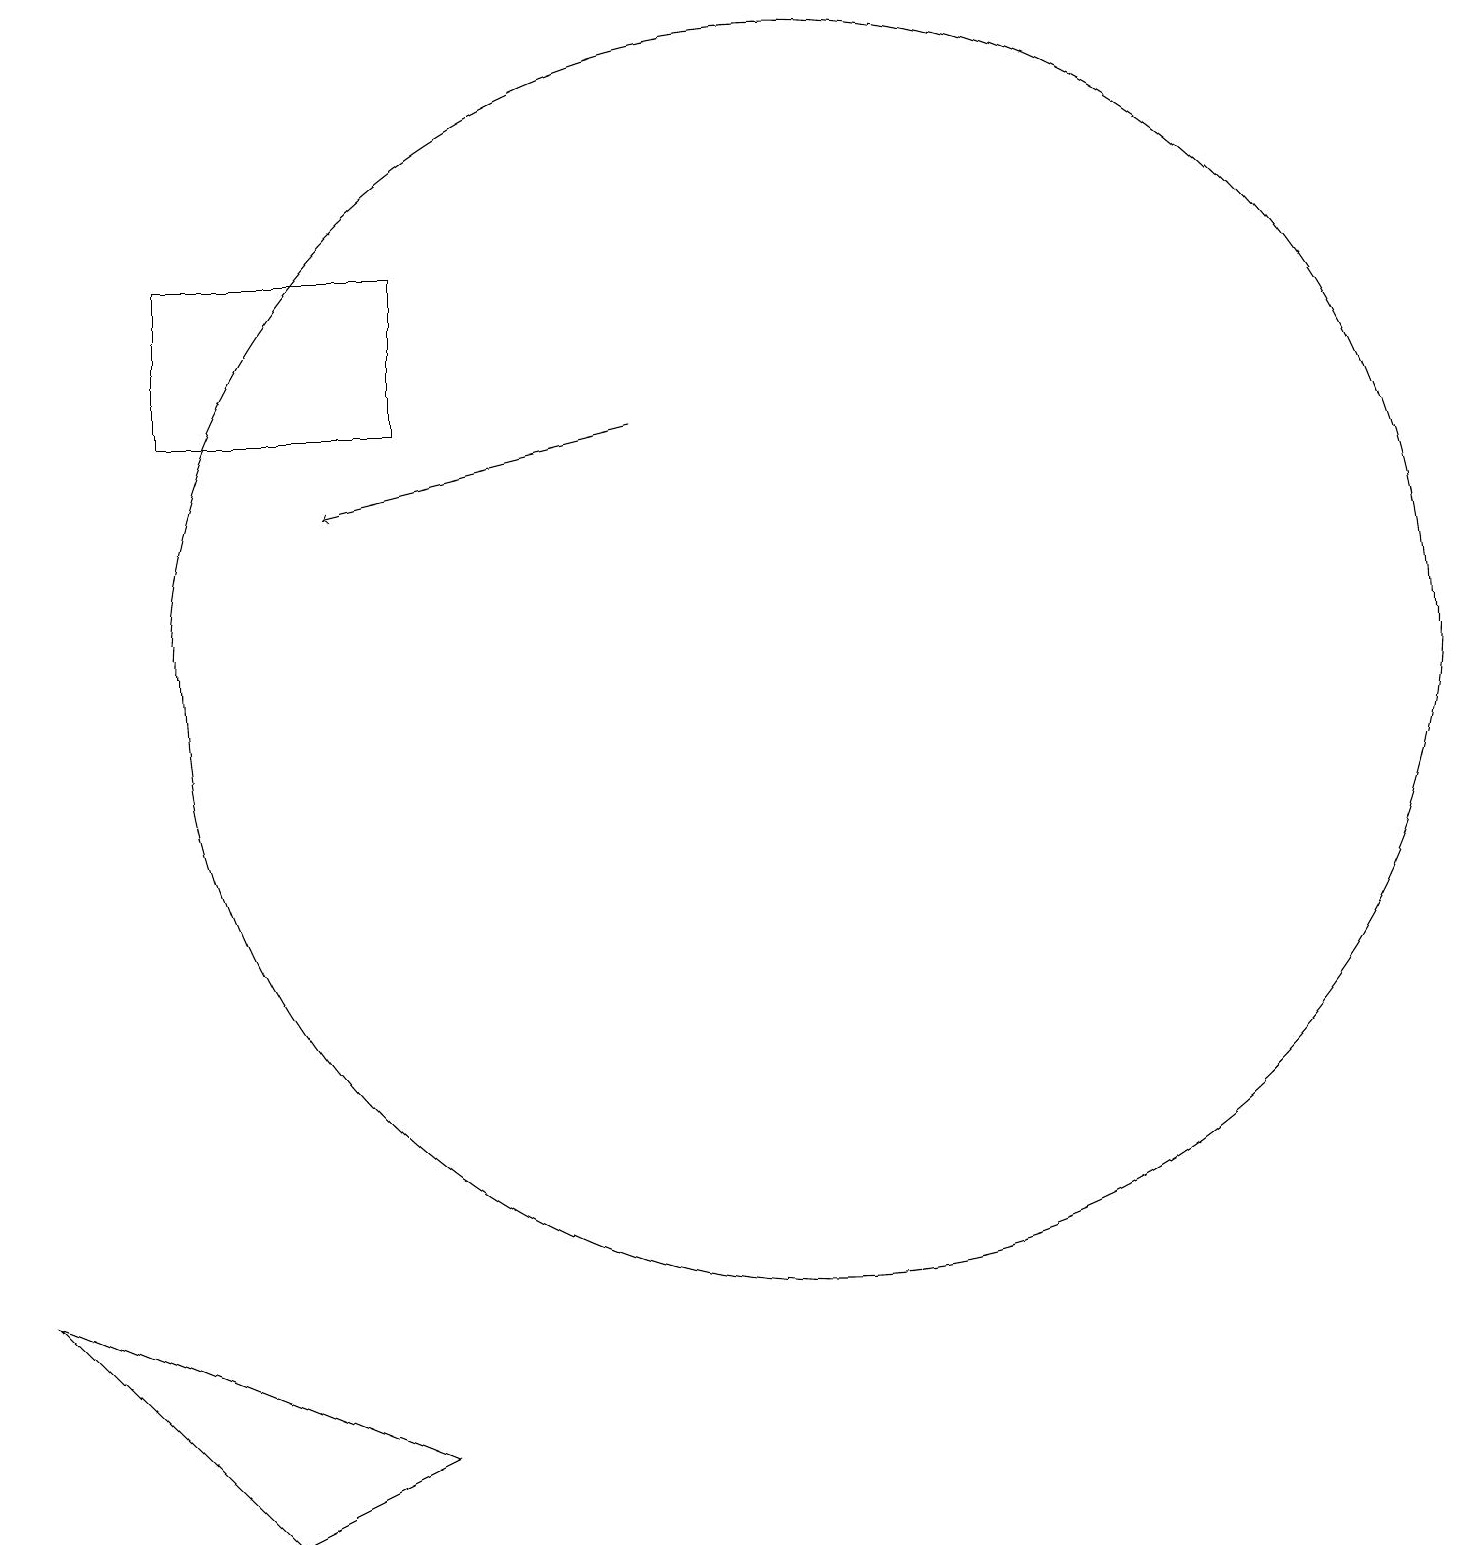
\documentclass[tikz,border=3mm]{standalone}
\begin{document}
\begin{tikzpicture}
\draw[->] (8,15) -- (4,14);
\draw (10,12) circle (8);
\draw (3,1) -- (0,4) -- (5,2) -- cycle;
\draw (12,12) circle (0);
\draw (5,17) rectangle (2,15);
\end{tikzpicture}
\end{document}